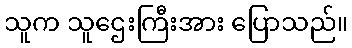
သူက သူဌေးကြီးအား ပြောသည်။